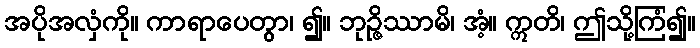
အပိုအလှံကို။ ကာရာပေတွာ၊ ၍။ ဘုဉ္ဇိဿာမိ၊ အံ့။ ဣတိ၊ ဤသို့ကြံ၍။